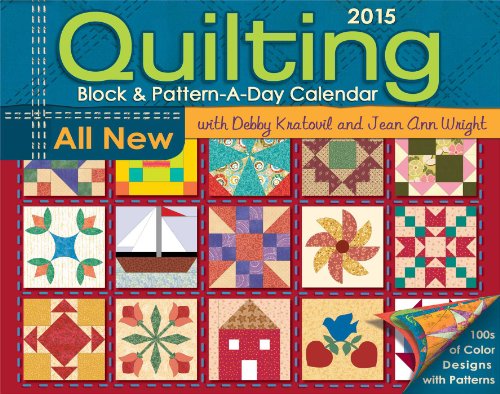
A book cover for Quilting Block & Pattern-a-Day 2015 Calendar; Debby Kratovil; Calendars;